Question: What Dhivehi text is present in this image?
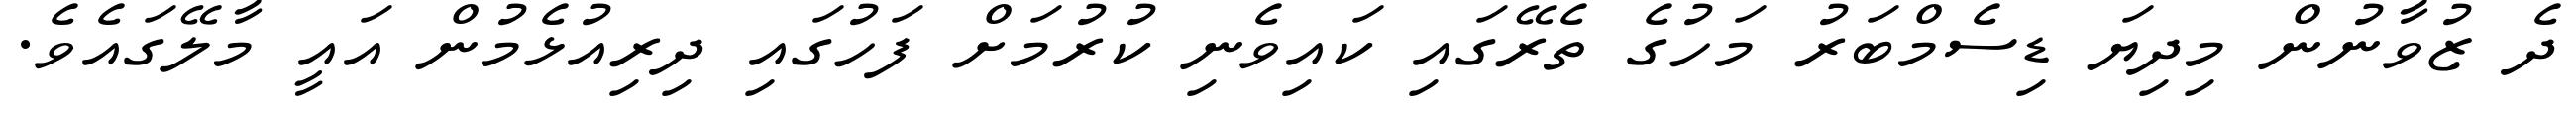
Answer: ދެ ޒުވާނުން މިދިޔަ ޑިސެމްބަރު މަހުގެ ތެރޭގައި ކައިވެނި ކުރުމަށް ފަހުގައި ދިރިއުޅެމުން އައީ މާލޭގައެވެ.